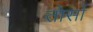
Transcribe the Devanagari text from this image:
तोर्सा